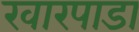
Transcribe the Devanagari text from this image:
खारपाडा